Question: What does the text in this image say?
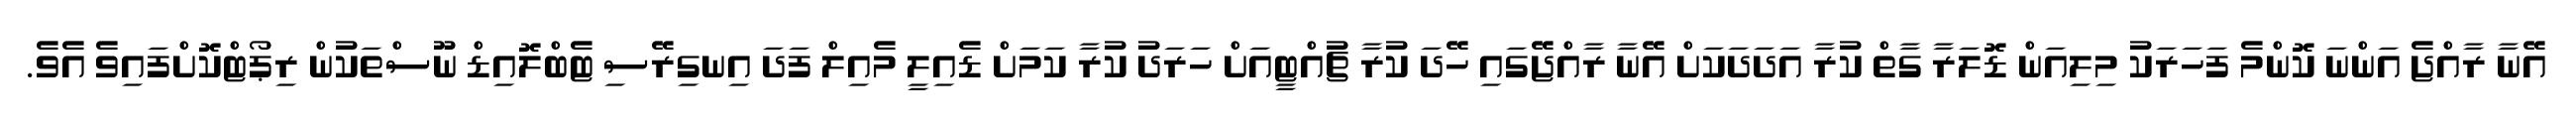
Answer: އޭނާ ރާއްޖެ އަންނަ ކޮންމެ ފަހަރަކު މިލިއަން ޑޮލަރާ ގާތް ކުރާ އަދަދަކަށް އޭނާ ރާއްޖޭގައި ހޭދަ ކުރާ ޗުއްޓީއަށް ހަރަދު ކުރާ ކަމަށް ޑެއިލީ މެއިލް ފަދަ އިނގިރޭސި ޓެބްލޮއިޑް ނޫސްތަކުން ރިޕޯޓްކޮށްފައިވެ އެވެ.